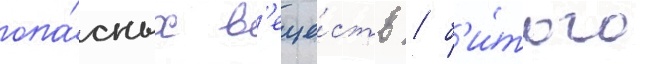
опа́сных в'еще́ств / б'и́того